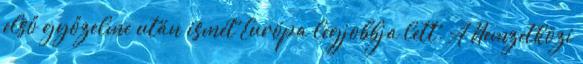
első győzelme után ismét Európa legjobbja lett. A Nemzetközi